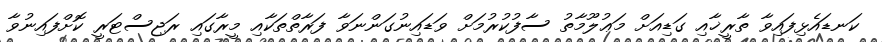
ކަނޑައެޅިފައިވާ ތާރީޚާއި ގަޑިއަށް މަޢުލޫމާތު ސާފުކުރުމަށް ވަޑައިނުގަންނަވާ ފަރާތްތަކާއި މީރާގައި ރަޖިސްޓަރީ ކޮށްފައިނުވާ